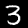
Digit: 3